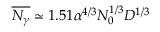
\overline { { N _ { \gamma } } } \simeq 1 . 5 1 \alpha ^ { 4 / 3 } N _ { 0 } ^ { 1 / 3 } D ^ { 1 / 3 }